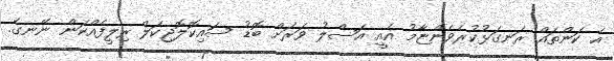
އެ ކަންތައް ރަނގަޅުކުރެވެންޏާމު އެއީ އަސްލު ވަރަށް ބޮޑު ސައިކޮލޮޖިކަލް ރިލީފެއްކަން ނޭނގެ.